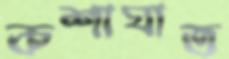
কশাঘাত